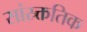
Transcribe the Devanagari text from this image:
सांस्र्क्ततिक